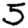
Digit: 5